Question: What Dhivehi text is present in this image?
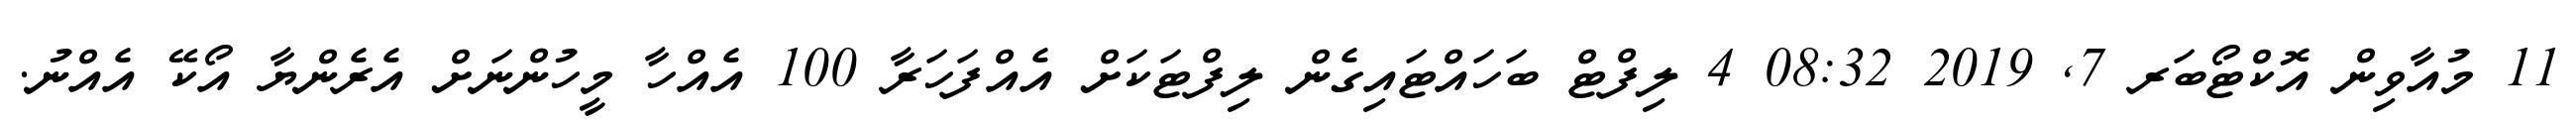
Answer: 11 މުއާވިން އޮކްޓޯބަރ 7, 2019 08:32 4 ލިފްޓް ބަހައްޓައިގެން ލިފްޓަކަށް އެއްފަހަރާ 100 އެއްހާ މީހުންނަށް އެރެންޔާ އޯކޭ އެއްނު.